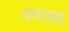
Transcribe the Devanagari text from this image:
वगलय